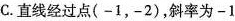
C.直线经过点(-1，-2)，斜率为-1